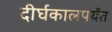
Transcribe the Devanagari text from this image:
दीर्घकालपर्यंत